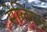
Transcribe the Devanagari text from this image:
सेलियन